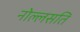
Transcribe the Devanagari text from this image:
नोल्लसति